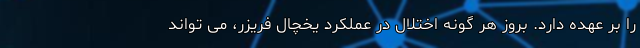
را بر عهده دارد. بروز هر گونه اختلال در عملکرد یخچال فریزر، می تواند